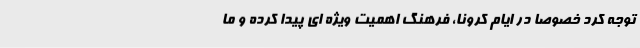
توجه کرد خصوصاً در ایام کرونا، فرهنگ اهمیت ویژه ای پیدا کرده و ما